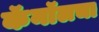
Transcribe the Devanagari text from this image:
कॅनॉलचा